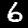
Digit: 6